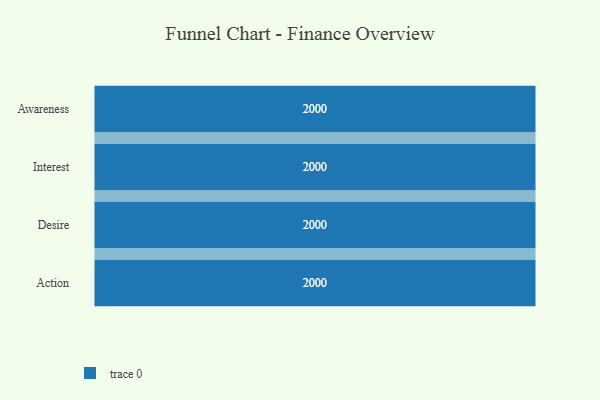
{"axis": {"x": "Stage", "y": "Value"}, "legend": [""], "data": [{"x": "Awareness", "y": 2000, "type": ""}, {"x": "Interest", "y": 2000, "type": ""}, {"x": "Desire", "y": 2000, "type": ""}, {"x": "Action", "y": 2000, "type": ""}]}